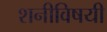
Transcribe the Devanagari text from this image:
शनीविषयी